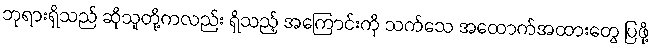
ဘုရားရှိသည် ဆိုသူတို့ကလည်း ရှိသည့် အကြောင်းကို သက်သေ အထောက်အထားတွေ ပြဖို့